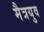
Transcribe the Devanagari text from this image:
मैत्रयुव